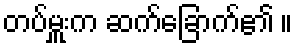
တပ်မှူးက ဆက်ခြောက်၏ ။